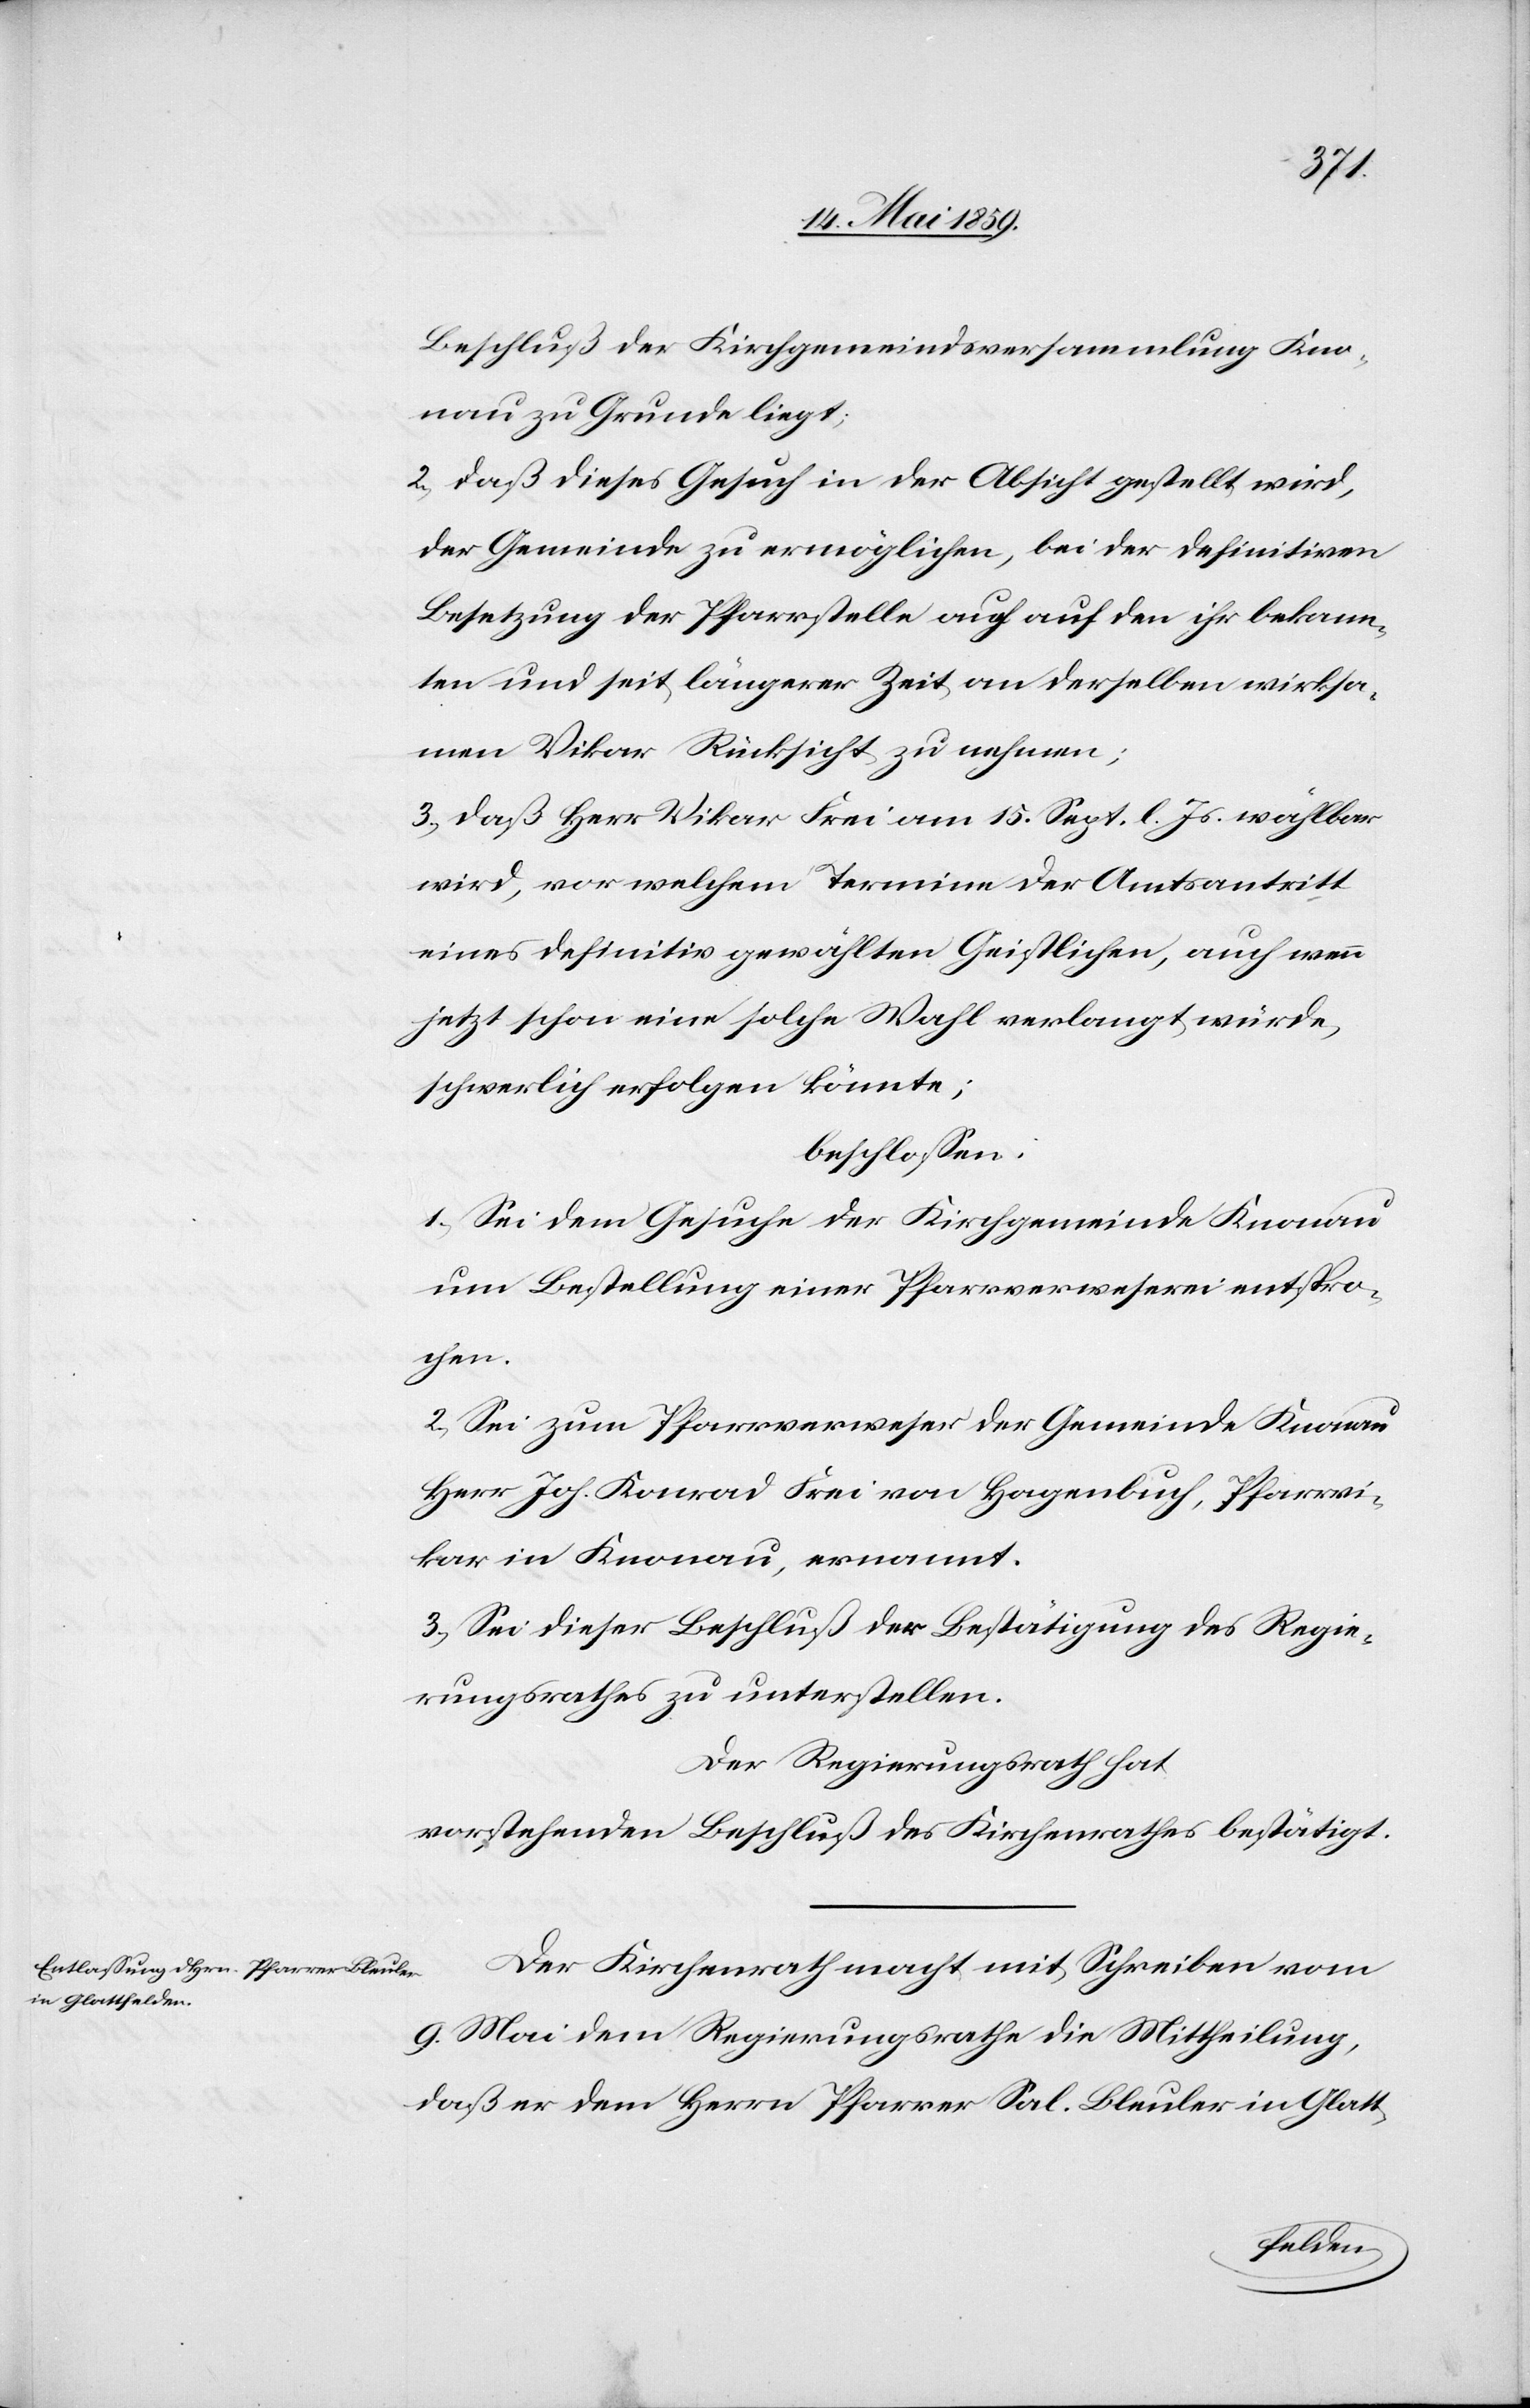
Beschluß der Kirchgemeindsversammlung Kno¬
nau zu Grunde liegt;
2) daß dieses Gesuch in der Absicht gestellt wird,
der Gemeinde zu ermöglichen, bei der definitiven
Besetzung der Pfarrstelle auch auf den ihr bekann¬
ten und seit längerer Zeit an derselben wirksa¬
men Vikar Rücksicht zu nehmen;
3) daß Herr Vikar Frei am 15. Sept. l. Js. wählbar
wird, vor welchem Termin der Amtsantritt
eines definitiv gewählten Geistlichen, auch wenn
jetzt schon eine solche Wahl verlangt würde,
schwerlich erfolgen könnte;
beschloßen:
1) Sei dem Gesuche der Kirchgemeinde Knonau
um Bestellung einer Pfarrverweserei entspro¬
chen.
2) Sei zum Pfarrverweser der Gemeinde Knonau
Herr Joh. Konrad Frei von Hagenbuch, Pfarrvi¬
kar in Knonau, ernannt.
3) Sei dieser Beschluß der Bestätigung des Regie¬
rungsrathes zu unterstellen.
Der Regierungsrath hat
vorstehenden Beschluß des Kirchenrathes bestätigt.
Der Kirchenrath macht mit Schreiben vom
9. Mai dem Regierungsrathe die Mittheilung,
daß er dem Herrn Pfarrer Sal. Bleuler in Glatt-